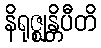
နိရုဇ္ဈန္တိပီတိ